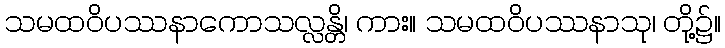
သမထဝိပဿနာကောသလ္လန္တိ၊ ကား။ သမထဝိပဿနာသု၊ တို့၌။